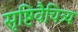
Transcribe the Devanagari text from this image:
सृष्टिवैचित्र्य